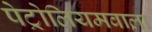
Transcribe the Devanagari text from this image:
पेट्रोलियमवाला